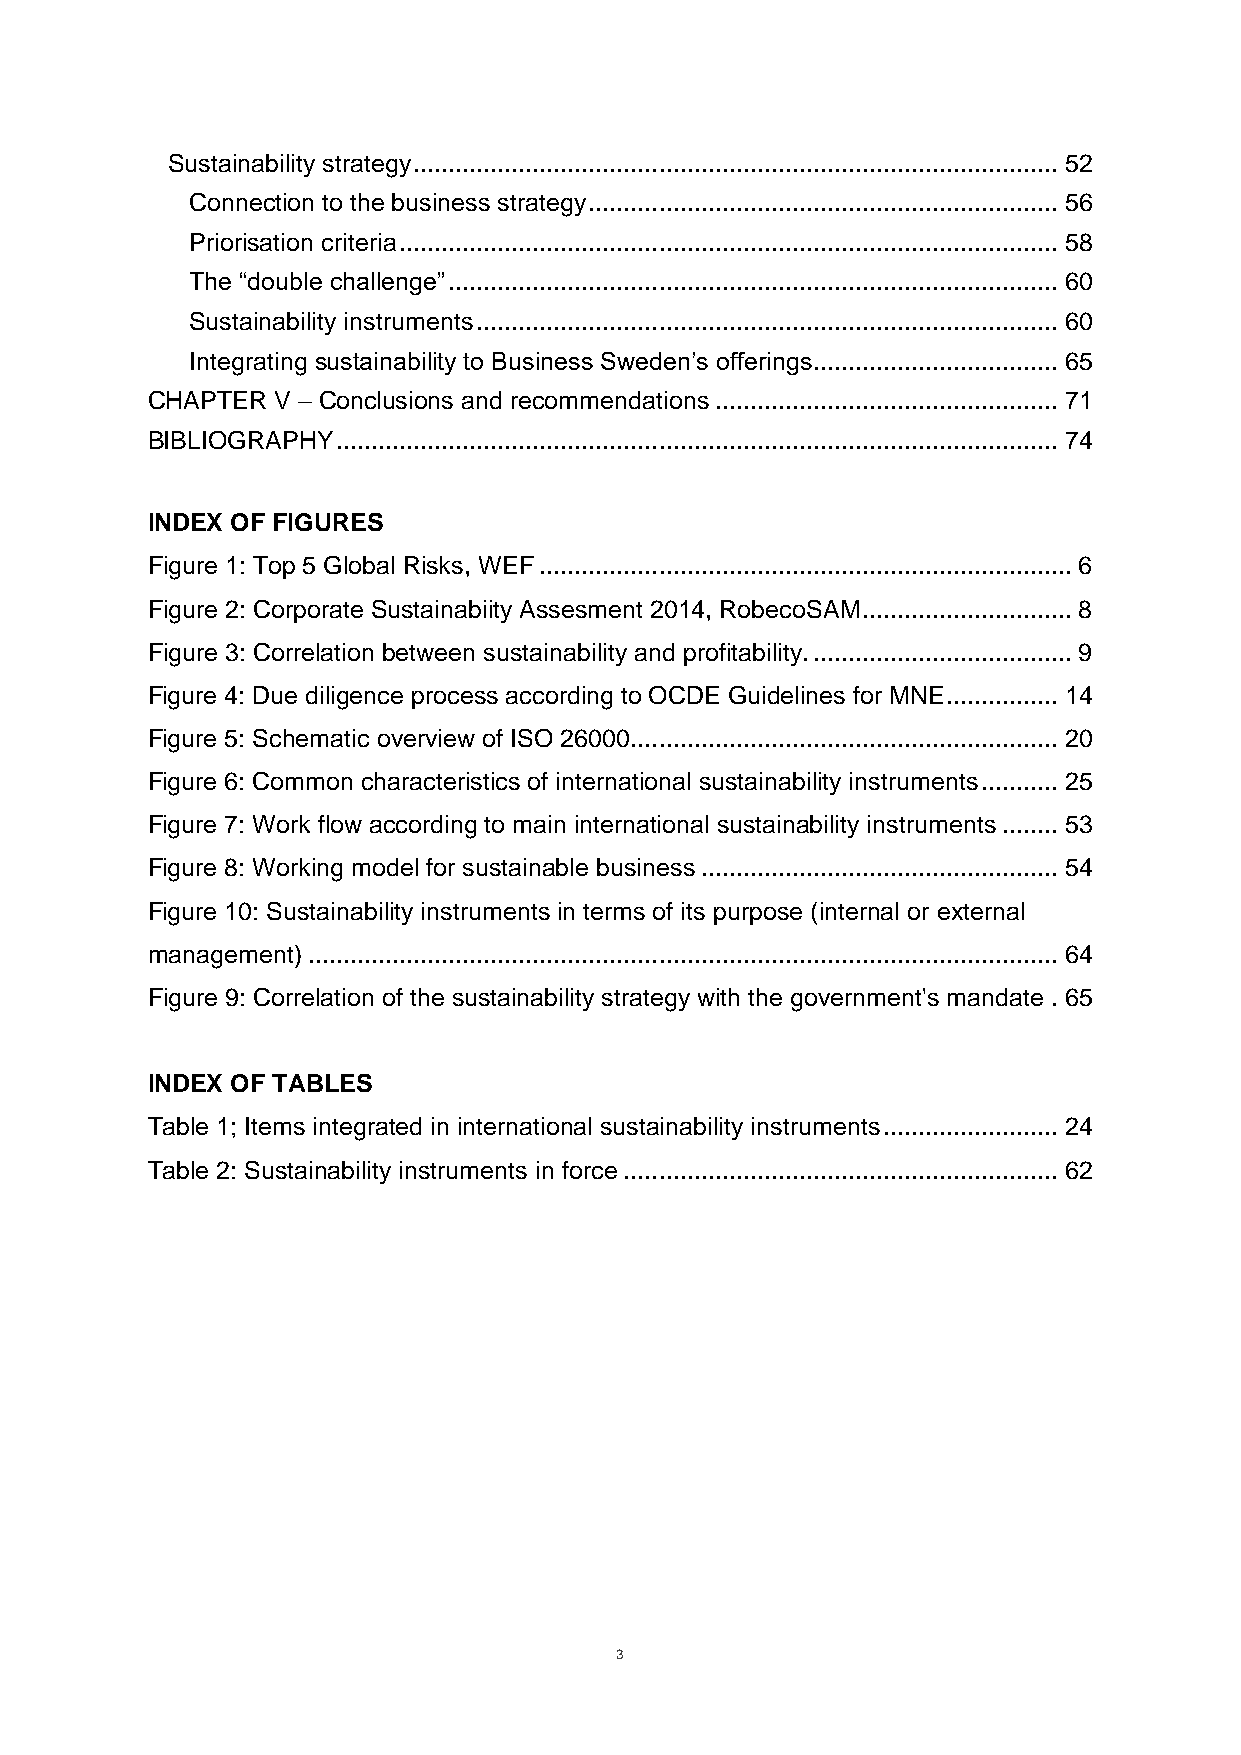
Sustainability strategy ............................................................................................ 52
 Connection to the business strategy ................................................................... 56
 Priorisation criteria .............................................................................................. 58
 The “double challenge” ....................................................................................... 60
 Sustainability instruments ................................................................................... 60
 Integrating sustainability to Business Sweden’s offerings ................................... 65
 CHAPTER V – Conclusions and recommendations ................................................. 71
 BIBLIOGRAPHY ....................................................................................................... 74
 INDEX OF FIGURES
 Figure 1: Top 5 Global Risks, WEF ............................................................................ 6
 Figure 2: Corporate Sustainabiity Assesment 2014, RobecoSAM .............................. 8
 Figure 3: Correlation between sustainability and profitability. ..................................... 9
 Figure 4: Due diligence process according to OCDE Guidelines for MNE................ 14
 Figure 5: Schematic overview of ISO 26000 ............................................................. 20
 Figure 6: Common characteristics of international sustainability instruments ........... 25
 Figure 7: Work flow according to main international sustainability instruments ........ 53
 Figure 8: Working model for sustainable business ................................................... 54
 Figure 10: Sustainability instruments in terms of its purpose (internal or external
 management) ........................................................................................................... 64
 Figure 9: Correlation of the sustainability strategy with the government's mandate . 65
 INDEX OF TABLES
 Table 1; Items integrated in international sustainability instruments ......................... 24
 Table 2: Sustainability instruments in force .............................................................. 62
 3